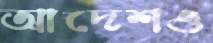
আদেশও